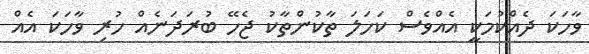
ވާހަކަ ދެއްކުމަކީ އެއްވެސް ކަހަލަ ތާކުންތާކު ޖެހޭ ބުރަދަނެއް ހުރި ވާހަކަ އެއް